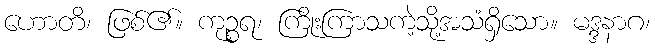
ဟောတိ၊ ဖြစ်၏။ ကုဉ္စရ၊ ကြိုးကြာသကဲ့သို့အသံရှိသော။ မဒ္ဒနာဂ၊